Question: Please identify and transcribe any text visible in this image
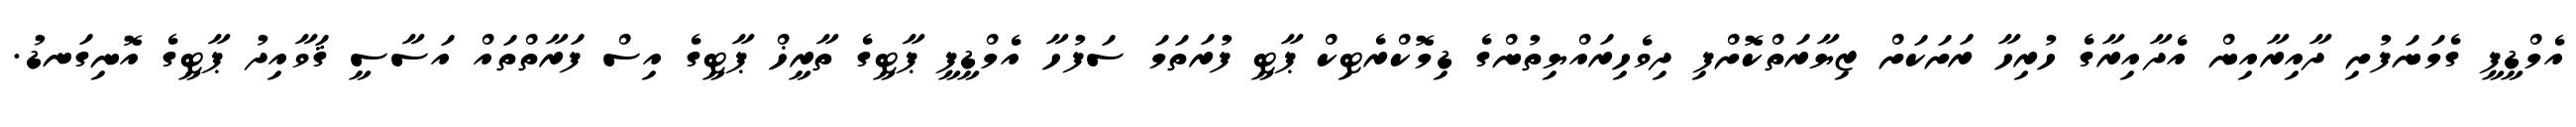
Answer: އެމްޑީޕީ ގެމަނަފުށި ދާއިރާއިން އެދާއިރާގެ ހުރިހާ ރަށަކަށް ޒިޔާރަތްކޮށްފި ދިވެހިރައްޔިތުންގެ ޑިމޮކްރެޓިކް ޕާޓީ ފުރަތަމަ ސަފުހާ އެމްޑީޕީ ޕާޓީގެ ތާރީޚް ޕާޓީގެ އިސް ފަރާތްތައް އަސާސީ ޤަވާއިދު ޕާޓީގެ އޮނިގަނޑު.